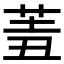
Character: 𦍮